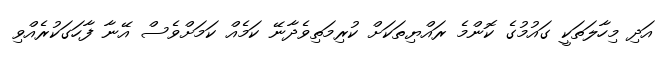
އަދި މިހާލަތަކީ ގައުމުގެ ކޮންމެ ރައްޔިތަކަށް ކުރިމަތިވެދާނޭ ކަމެއް ކަމަށްވެސް އޭނާ ފާހަގަކުރެއްވި